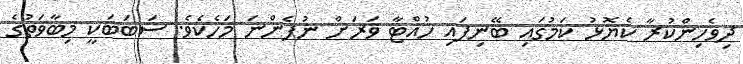
ދިވެހިންކުރާ ކެޔޮޅު ކަމުގައި ބޭނިފައި ހުއްޓާ ވަރަށް ނުފެންނަ މަހެކެވެ. ސަބަބަކީ މިބާވަތުގެ